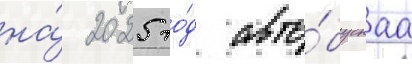
на́ 2025 го́д авто́буснаа